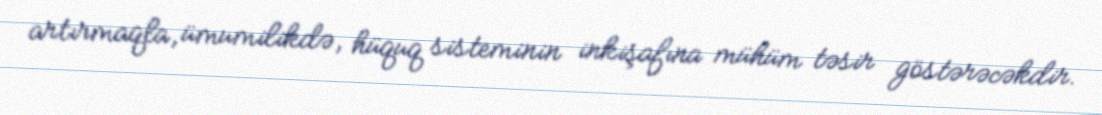
artırmaqla, ümumilikdə, hüquq sisteminin inkişafına mühüm təsir göstərəcəkdir.